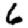
Digit: 6